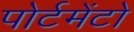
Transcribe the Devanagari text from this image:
पोर्टमेंटो